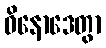
ဝိနောဒေတွာ